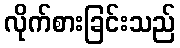
လိုက်စားခြင်းသည်